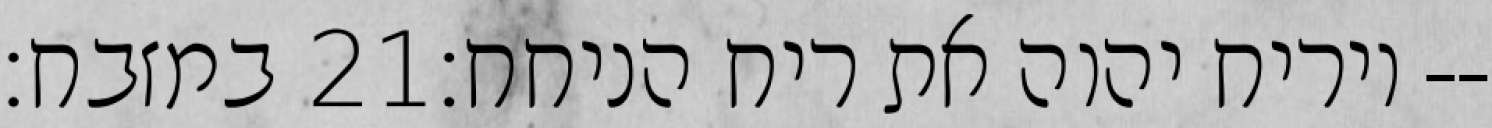
במזבח׃ ‎21‏ ויריח יהוה את ריח הניחח׃--